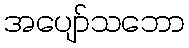
အပျော်သဘော